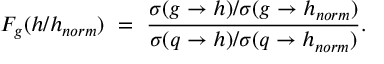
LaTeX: F _ { g } ( h / h _ { n o r m } ) \ = \ \frac { \sigma ( g \to h ) / \sigma ( g \to h _ { n o r m } ) } { \sigma ( q \to h ) / \sigma ( q \to h _ { n o r m } ) } .